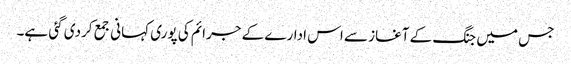
جس میں جنگ کے آغاز سے اس ادارے کے جرائم کی پوری کہانی جمع کردی گئی ہے۔